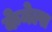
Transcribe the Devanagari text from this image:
केनेल्स